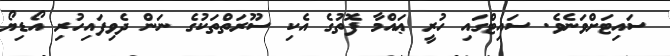
ސައިޓަށްވަނެވެ. ސައިޓްގައި ހުރީ ޢައްމާ ފޮތުގެ އެކި ސޫރަތްތަކުގެ ނަން ދެވިފައިހުރި އޯޑިޔޯ